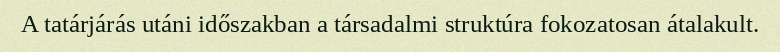
A tatárjárás utáni időszakban a társadalmi struktúra fokozatosan átalakult.